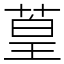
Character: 葟